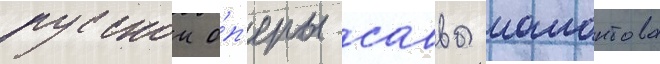
русскои о́п'еры саввы мамонтова